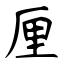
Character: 厘